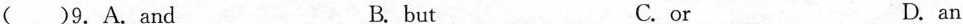
( )9.A.and B.but C.or D.an